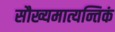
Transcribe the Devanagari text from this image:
सौख्यमात्यन्तिकं